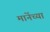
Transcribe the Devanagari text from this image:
मानेंच्या